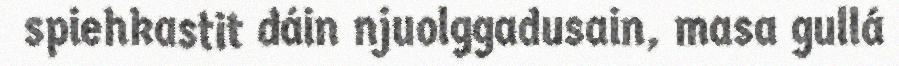
spiehkastit dáin njuolggadusain, masa gullá